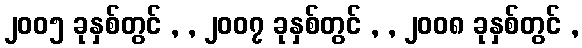
၂၀၀၅ ခုနှစ်တွင် , , ၂၀၀၇ ခုနှစ်တွင် , , ၂၀၀၈ ခုနှစ်တွင် ,